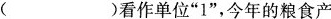
（)看作单位”1”，今年的粮食产